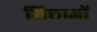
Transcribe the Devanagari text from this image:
शिछाओं